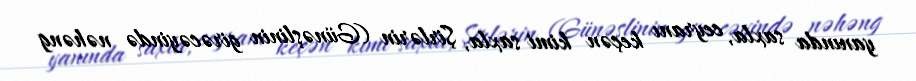
yanında saxla, ceyranı keçən kimi saxla, Şirlərin (Günəşlinin girəcəyində nəhəng